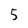
Character: 5